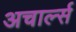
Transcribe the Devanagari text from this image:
अचार्ल्स